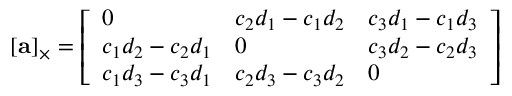
[ \mathbf { a } ] _ { \times } = { \left[ \begin{array} { l l l } { 0 } & { c _ { 2 } d _ { 1 } - c _ { 1 } d _ { 2 } } & { c _ { 3 } d _ { 1 } - c _ { 1 } d _ { 3 } } \\ { c _ { 1 } d _ { 2 } - c _ { 2 } d _ { 1 } } & { 0 } & { c _ { 3 } d _ { 2 } - c _ { 2 } d _ { 3 } } \\ { c _ { 1 } d _ { 3 } - c _ { 3 } d _ { 1 } } & { c _ { 2 } d _ { 3 } - c _ { 3 } d _ { 2 } } & { 0 } \end{array} \right] }